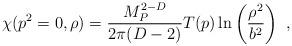
LaTeX: \begin{align*}\chi(p^2=0,\rho)={M_P^{2-D}\over 2\pi(D-2)} T(p)\ln\left({\rho^2\over b^2} \right)~,\end{align*}